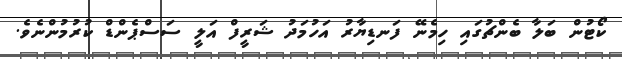
ކޯޓުން ބަލާ ބެންޗުގައި ހިމެނޭ ފަނޑިޔާރު އަހުމަދު ޝަރީފް އަލީ ސަސްޕެންޑް ކުރުމުންނެވެ.